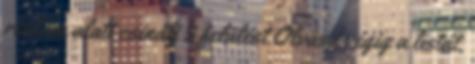
reklám alatt csinálj 5 felülést Olvasd végig a listát,